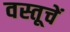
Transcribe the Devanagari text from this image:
वस्तूचें